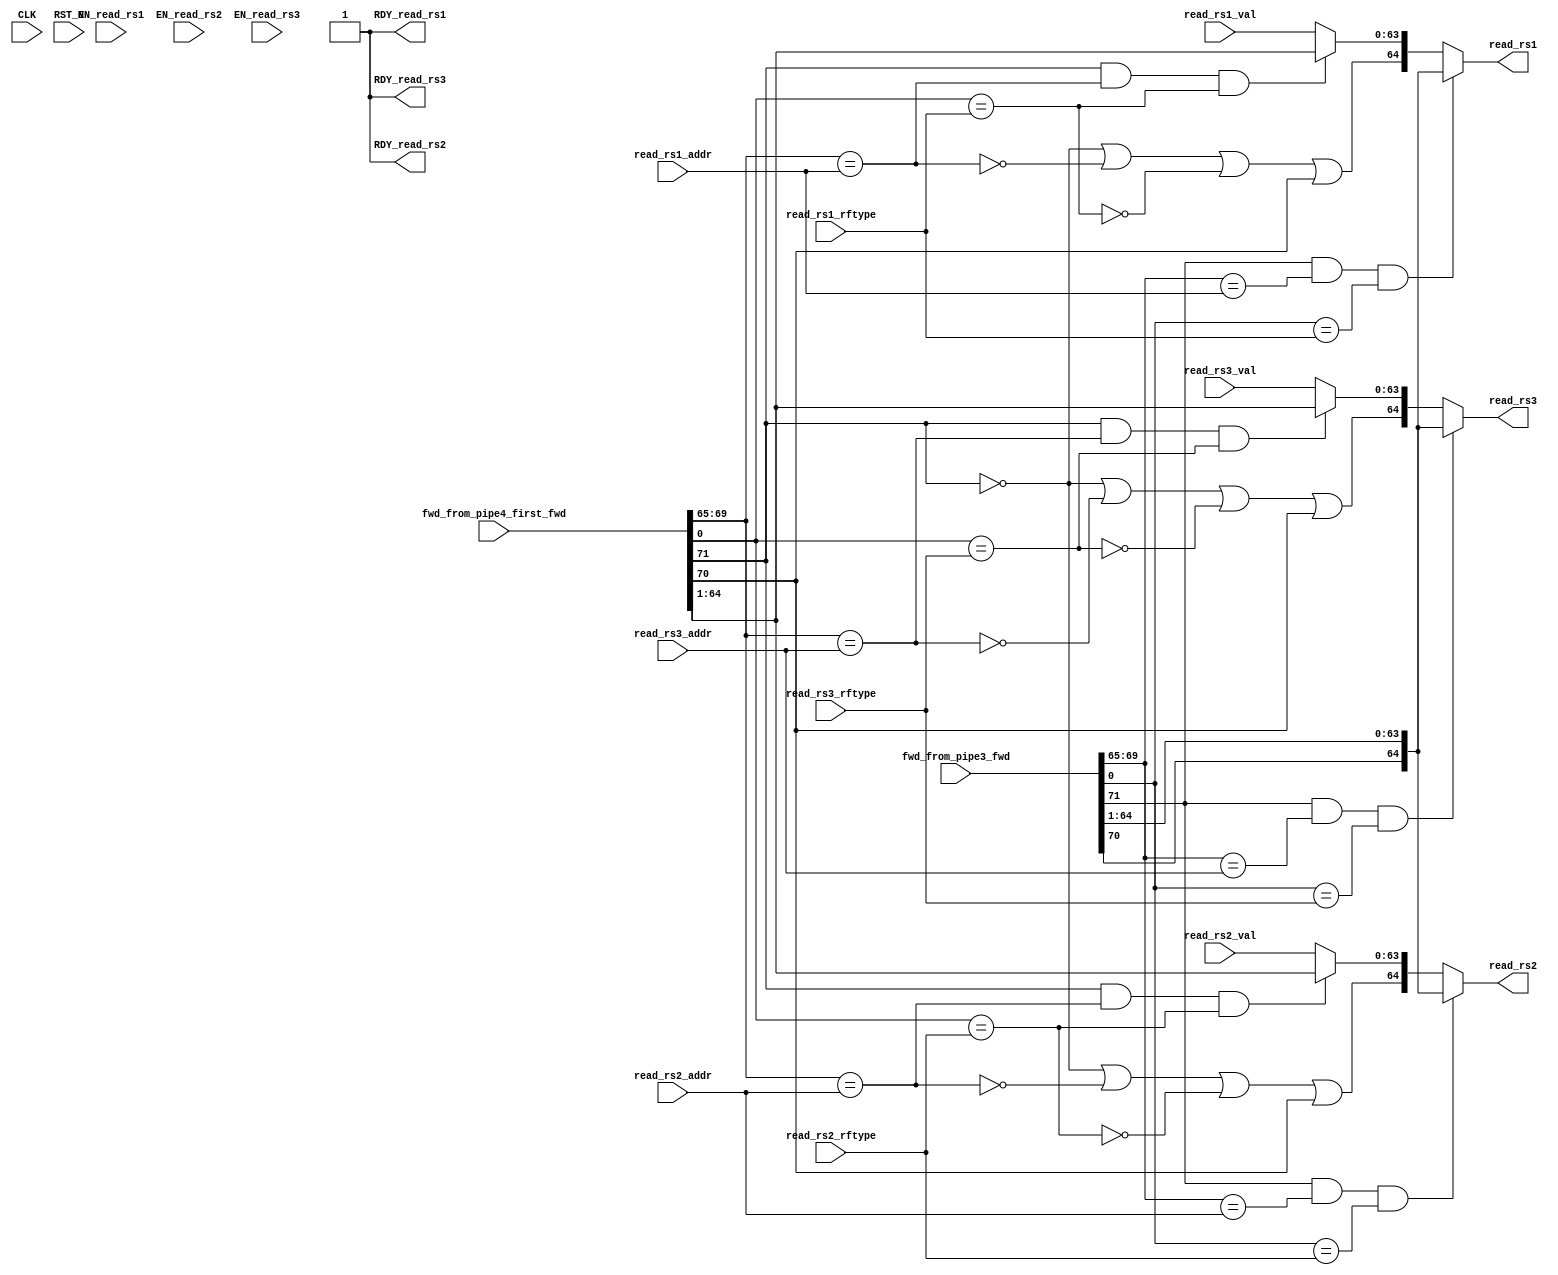
//
// Generated by Bluespec Compiler, version 2021.07-1-gaf77efcd (build af77efcd)
//
// On Mon Dec  6 11:47:47 IST 2021
//
//
// Ports:
// Name                         I/O  size props
// read_rs1                       O    65
// RDY_read_rs1                   O     1 const
// read_rs2                       O    65
// RDY_read_rs2                   O     1 const
// read_rs3                       O    65
// RDY_read_rs3                   O     1 const
// CLK                            I     1 unused
// RST_N                          I     1 unused
// fwd_from_pipe3_fwd             I    72
// fwd_from_pipe4_first_fwd       I    72
// read_rs1_val                   I    64
// read_rs1_addr                  I     5
// read_rs1_rftype                I     1
// read_rs2_val                   I    64
// read_rs2_addr                  I     5
// read_rs2_rftype                I     1
// read_rs3_val                   I    64
// read_rs3_addr                  I     5
// read_rs3_rftype                I     1
// EN_read_rs1                    I     1 unused
// EN_read_rs2                    I     1 unused
// EN_read_rs3                    I     1 unused
//
// Combinational paths from inputs to outputs:
//   (fwd_from_pipe3_fwd,
//    fwd_from_pipe4_first_fwd,
//    read_rs1_val,
//    read_rs1_addr,
//    read_rs1_rftype) -> read_rs1
//   (fwd_from_pipe3_fwd,
//    fwd_from_pipe4_first_fwd,
//    read_rs2_val,
//    read_rs2_addr,
//    read_rs2_rftype) -> read_rs2
//   (fwd_from_pipe3_fwd,
//    fwd_from_pipe4_first_fwd,
//    read_rs3_val,
//    read_rs3_addr,
//    read_rs3_rftype) -> read_rs3
//
//

`ifdef BSV_ASSIGNMENT_DELAY
`else
  `define BSV_ASSIGNMENT_DELAY
`endif

`ifdef BSV_POSITIVE_RESET
  `define BSV_RESET_VALUE 1'b1
  `define BSV_RESET_EDGE posedge
`else
  `define BSV_RESET_VALUE 1'b0
  `define BSV_RESET_EDGE negedge
`endif

module mkfwding(CLK,
		RST_N,

		fwd_from_pipe3_fwd,

		fwd_from_pipe4_first_fwd,

		read_rs1_val,
		read_rs1_addr,
		read_rs1_rftype,
		EN_read_rs1,
		read_rs1,
		RDY_read_rs1,

		read_rs2_val,
		read_rs2_addr,
		read_rs2_rftype,
		EN_read_rs2,
		read_rs2,
		RDY_read_rs2,

		read_rs3_val,
		read_rs3_addr,
		read_rs3_rftype,
		EN_read_rs3,
		read_rs3,
		RDY_read_rs3);
  parameter [63 : 0] hartid = 64'b0;
  input  CLK;
  input  RST_N;

  // action method fwd_from_pipe3
  input  [71 : 0] fwd_from_pipe3_fwd;

  // action method fwd_from_pipe4_first
  input  [71 : 0] fwd_from_pipe4_first_fwd;

  // actionvalue method read_rs1
  input  [63 : 0] read_rs1_val;
  input  [4 : 0] read_rs1_addr;
  input  read_rs1_rftype;
  input  EN_read_rs1;
  output [64 : 0] read_rs1;
  output RDY_read_rs1;

  // actionvalue method read_rs2
  input  [63 : 0] read_rs2_val;
  input  [4 : 0] read_rs2_addr;
  input  read_rs2_rftype;
  input  EN_read_rs2;
  output [64 : 0] read_rs2;
  output RDY_read_rs2;

  // actionvalue method read_rs3
  input  [63 : 0] read_rs3_val;
  input  [4 : 0] read_rs3_addr;
  input  read_rs3_rftype;
  input  EN_read_rs3;
  output [64 : 0] read_rs3;
  output RDY_read_rs3;

  // signals for module outputs
  wire [64 : 0] read_rs1, read_rs2, read_rs3;
  wire RDY_read_rs1, RDY_read_rs2, RDY_read_rs3;

  // rule scheduling signals
  wire CAN_FIRE_fwd_from_pipe3,
       CAN_FIRE_fwd_from_pipe4_first,
       CAN_FIRE_read_rs1,
       CAN_FIRE_read_rs2,
       CAN_FIRE_read_rs3,
       WILL_FIRE_fwd_from_pipe3,
       WILL_FIRE_fwd_from_pipe4_first,
       WILL_FIRE_read_rs1,
       WILL_FIRE_read_rs2,
       WILL_FIRE_read_rs3;

  // declarations used by system tasks
  // synopsys translate_off
  reg TASK_testplusargs___d1;
  reg TASK_testplusargs___d2;
  reg TASK_testplusargs___d3;
  reg [63 : 0] v__h255;
  reg TASK_testplusargs___d21;
  reg TASK_testplusargs___d22;
  reg TASK_testplusargs___d23;
  reg [63 : 0] v__h479;
  reg TASK_testplusargs_OR_TASK_testplusargs_AND_TAS_ETC___d10;
  reg TASK_testplusargs_OR_TASK_testplusargs_AND_TAS_ETC___d12;
  reg TASK_testplusargs_OR_TASK_testplusargs_AND_TAS_ETC___d8;
  reg TASK_testplusargs_OR_TASK_testplusargs_AND_TAS_ETC___d14;
  reg TASK_testplusargs_OR_TASK_testplusargs_AND_TAS_ETC___d18;
  reg TASK_testplusargs_OR_TASK_testplusargs_AND_TAS_ETC___d20;
  reg TASK_testplusargs_1_OR_TASK_testplusargs_2_AND_ETC___d28;
  reg TASK_testplusargs_1_OR_TASK_testplusargs_2_AND_ETC___d30;
  reg TASK_testplusargs_1_OR_TASK_testplusargs_2_AND_ETC___d32;
  reg TASK_testplusargs_1_OR_TASK_testplusargs_2_AND_ETC___d34;
  reg TASK_testplusargs_1_OR_TASK_testplusargs_2_AND_ETC___d38;
  reg TASK_testplusargs_1_OR_TASK_testplusargs_2_AND_ETC___d40;
  // synopsys translate_on

  // remaining internal signals
  wire [63 : 0] IF_wr_from_pipe4_first_wget__2_BIT_71_3_AND_wr_ETC___d101,
		IF_wr_from_pipe4_first_wget__2_BIT_71_3_AND_wr_ETC___d68,
		IF_wr_from_pipe4_first_wget__2_BIT_71_3_AND_wr_ETC___d86;
  wire wr_from_pipe4_first_wget__2_BITS_69_TO_65_5_EQ_ETC___d56,
       wr_from_pipe4_first_wget__2_BITS_69_TO_65_5_EQ_ETC___d77,
       wr_from_pipe4_first_wget__2_BITS_69_TO_65_5_EQ_ETC___d92,
       wr_from_pipe4_first_wget__2_BIT_0_9_EQ_read_rs_ETC___d60,
       wr_from_pipe4_first_wget__2_BIT_0_9_EQ_read_rs_ETC___d80,
       wr_from_pipe4_first_wget__2_BIT_0_9_EQ_read_rs_ETC___d95;

  // action method fwd_from_pipe3
  assign CAN_FIRE_fwd_from_pipe3 = 1'd1 ;
  assign WILL_FIRE_fwd_from_pipe3 = 1'd1 ;

  // action method fwd_from_pipe4_first
  assign CAN_FIRE_fwd_from_pipe4_first = 1'd1 ;
  assign WILL_FIRE_fwd_from_pipe4_first = 1'd1 ;

  // actionvalue method read_rs1
  assign read_rs1 =
	     (fwd_from_pipe3_fwd[71] &&
	      fwd_from_pipe3_fwd[69:65] == read_rs1_addr &&
	      fwd_from_pipe3_fwd[0] == read_rs1_rftype) ?
	       { fwd_from_pipe3_fwd[70], fwd_from_pipe3_fwd[64:1] } :
	       { !fwd_from_pipe4_first_fwd[71] ||
		 !wr_from_pipe4_first_wget__2_BITS_69_TO_65_5_EQ_ETC___d56 ||
		 !wr_from_pipe4_first_wget__2_BIT_0_9_EQ_read_rs_ETC___d60 ||
		 fwd_from_pipe4_first_fwd[70],
		 IF_wr_from_pipe4_first_wget__2_BIT_71_3_AND_wr_ETC___d68 } ;
  assign RDY_read_rs1 = 1'b1 ;
  assign CAN_FIRE_read_rs1 = 1'b1 ;
  assign WILL_FIRE_read_rs1 = EN_read_rs1 ;

  // actionvalue method read_rs2
  assign read_rs2 =
	     (fwd_from_pipe3_fwd[71] &&
	      fwd_from_pipe3_fwd[69:65] == read_rs2_addr &&
	      fwd_from_pipe3_fwd[0] == read_rs2_rftype) ?
	       { fwd_from_pipe3_fwd[70], fwd_from_pipe3_fwd[64:1] } :
	       { !fwd_from_pipe4_first_fwd[71] ||
		 !wr_from_pipe4_first_wget__2_BITS_69_TO_65_5_EQ_ETC___d77 ||
		 !wr_from_pipe4_first_wget__2_BIT_0_9_EQ_read_rs_ETC___d80 ||
		 fwd_from_pipe4_first_fwd[70],
		 IF_wr_from_pipe4_first_wget__2_BIT_71_3_AND_wr_ETC___d86 } ;
  assign RDY_read_rs2 = 1'b1 ;
  assign CAN_FIRE_read_rs2 = 1'b1 ;
  assign WILL_FIRE_read_rs2 = EN_read_rs2 ;

  // actionvalue method read_rs3
  assign read_rs3 =
	     (fwd_from_pipe3_fwd[71] &&
	      fwd_from_pipe3_fwd[69:65] == read_rs3_addr &&
	      fwd_from_pipe3_fwd[0] == read_rs3_rftype) ?
	       { fwd_from_pipe3_fwd[70], fwd_from_pipe3_fwd[64:1] } :
	       { !fwd_from_pipe4_first_fwd[71] ||
		 !wr_from_pipe4_first_wget__2_BITS_69_TO_65_5_EQ_ETC___d92 ||
		 !wr_from_pipe4_first_wget__2_BIT_0_9_EQ_read_rs_ETC___d95 ||
		 fwd_from_pipe4_first_fwd[70],
		 IF_wr_from_pipe4_first_wget__2_BIT_71_3_AND_wr_ETC___d101 } ;
  assign RDY_read_rs3 = 1'b1 ;
  assign CAN_FIRE_read_rs3 = 1'b1 ;
  assign WILL_FIRE_read_rs3 = EN_read_rs3 ;

  // remaining internal signals
  assign IF_wr_from_pipe4_first_wget__2_BIT_71_3_AND_wr_ETC___d101 =
	     (fwd_from_pipe4_first_fwd[71] &&
	      wr_from_pipe4_first_wget__2_BITS_69_TO_65_5_EQ_ETC___d92 &&
	      wr_from_pipe4_first_wget__2_BIT_0_9_EQ_read_rs_ETC___d95) ?
	       fwd_from_pipe4_first_fwd[64:1] :
	       read_rs3_val ;
  assign IF_wr_from_pipe4_first_wget__2_BIT_71_3_AND_wr_ETC___d68 =
	     (fwd_from_pipe4_first_fwd[71] &&
	      wr_from_pipe4_first_wget__2_BITS_69_TO_65_5_EQ_ETC___d56 &&
	      wr_from_pipe4_first_wget__2_BIT_0_9_EQ_read_rs_ETC___d60) ?
	       fwd_from_pipe4_first_fwd[64:1] :
	       read_rs1_val ;
  assign IF_wr_from_pipe4_first_wget__2_BIT_71_3_AND_wr_ETC___d86 =
	     (fwd_from_pipe4_first_fwd[71] &&
	      wr_from_pipe4_first_wget__2_BITS_69_TO_65_5_EQ_ETC___d77 &&
	      wr_from_pipe4_first_wget__2_BIT_0_9_EQ_read_rs_ETC___d80) ?
	       fwd_from_pipe4_first_fwd[64:1] :
	       read_rs2_val ;
  assign wr_from_pipe4_first_wget__2_BITS_69_TO_65_5_EQ_ETC___d56 =
	     fwd_from_pipe4_first_fwd[69:65] == read_rs1_addr ;
  assign wr_from_pipe4_first_wget__2_BITS_69_TO_65_5_EQ_ETC___d77 =
	     fwd_from_pipe4_first_fwd[69:65] == read_rs2_addr ;
  assign wr_from_pipe4_first_wget__2_BITS_69_TO_65_5_EQ_ETC___d92 =
	     fwd_from_pipe4_first_fwd[69:65] == read_rs3_addr ;
  assign wr_from_pipe4_first_wget__2_BIT_0_9_EQ_read_rs_ETC___d60 =
	     fwd_from_pipe4_first_fwd[0] == read_rs1_rftype ;
  assign wr_from_pipe4_first_wget__2_BIT_0_9_EQ_read_rs_ETC___d80 =
	     fwd_from_pipe4_first_fwd[0] == read_rs2_rftype ;
  assign wr_from_pipe4_first_wget__2_BIT_0_9_EQ_read_rs_ETC___d95 =
	     fwd_from_pipe4_first_fwd[0] == read_rs3_rftype ;

  // handling of system tasks

  // synopsys translate_off
  always@(negedge CLK)
  begin
    #0;
    if (RST_N != `BSV_RESET_VALUE)
      begin
        TASK_testplusargs___d1 = $test$plusargs("fullverbose");
	#0;
      end
    if (RST_N != `BSV_RESET_VALUE)
      begin
        TASK_testplusargs___d2 = $test$plusargs("mfwding");
	#0;
      end
    if (RST_N != `BSV_RESET_VALUE)
      begin
        TASK_testplusargs___d3 = $test$plusargs("l2");
	#0;
      end
    TASK_testplusargs_OR_TASK_testplusargs_AND_TAS_ETC___d10 =
	(TASK_testplusargs___d1 ||
	 TASK_testplusargs___d2 && TASK_testplusargs___d3) &&
	!fwd_from_pipe3_fwd[71];
    TASK_testplusargs_OR_TASK_testplusargs_AND_TAS_ETC___d12 =
	(TASK_testplusargs___d1 ||
	 TASK_testplusargs___d2 && TASK_testplusargs___d3) &&
	fwd_from_pipe3_fwd[70];
    TASK_testplusargs_OR_TASK_testplusargs_AND_TAS_ETC___d8 =
	(TASK_testplusargs___d1 ||
	 TASK_testplusargs___d2 && TASK_testplusargs___d3) &&
	fwd_from_pipe3_fwd[71];
    TASK_testplusargs_OR_TASK_testplusargs_AND_TAS_ETC___d14 =
	(TASK_testplusargs___d1 ||
	 TASK_testplusargs___d2 && TASK_testplusargs___d3) &&
	!fwd_from_pipe3_fwd[70];
    TASK_testplusargs_OR_TASK_testplusargs_AND_TAS_ETC___d18 =
	(TASK_testplusargs___d1 ||
	 TASK_testplusargs___d2 && TASK_testplusargs___d3) &&
	fwd_from_pipe3_fwd[0];
    TASK_testplusargs_OR_TASK_testplusargs_AND_TAS_ETC___d20 =
	(TASK_testplusargs___d1 ||
	 TASK_testplusargs___d2 && TASK_testplusargs___d3) &&
	!fwd_from_pipe3_fwd[0];
    if (RST_N != `BSV_RESET_VALUE)
      begin
        v__h255 = $time;
	#0;
      end
    if (RST_N != `BSV_RESET_VALUE)
      if (TASK_testplusargs___d1 ||
	  TASK_testplusargs___d2 && TASK_testplusargs___d3)
	$write("[%10d", v__h255, "] ");
    if (RST_N != `BSV_RESET_VALUE)
      if (TASK_testplusargs___d1 ||
	  TASK_testplusargs___d2 && TASK_testplusargs___d3)
	$write("core:%2d ", hartid, "FWDING: from PIPE3: ");
    if (RST_N != `BSV_RESET_VALUE)
      if (TASK_testplusargs___d1 ||
	  TASK_testplusargs___d2 && TASK_testplusargs___d3)
	$write("FwdType { ", "valid: ");
    if (RST_N != `BSV_RESET_VALUE)
      if (TASK_testplusargs_OR_TASK_testplusargs_AND_TAS_ETC___d8)
	$write("True");
    if (RST_N != `BSV_RESET_VALUE)
      if (TASK_testplusargs_OR_TASK_testplusargs_AND_TAS_ETC___d10)
	$write("False");
    if (RST_N != `BSV_RESET_VALUE)
      if (TASK_testplusargs___d1 ||
	  TASK_testplusargs___d2 && TASK_testplusargs___d3)
	$write(", ", "available: ");
    if (RST_N != `BSV_RESET_VALUE)
      if (TASK_testplusargs_OR_TASK_testplusargs_AND_TAS_ETC___d12)
	$write("True");
    if (RST_N != `BSV_RESET_VALUE)
      if (TASK_testplusargs_OR_TASK_testplusargs_AND_TAS_ETC___d14)
	$write("False");
    if (RST_N != `BSV_RESET_VALUE)
      if (TASK_testplusargs___d1 ||
	  TASK_testplusargs___d2 && TASK_testplusargs___d3)
	$write(", ", "addr: ");
    if (RST_N != `BSV_RESET_VALUE)
      if (TASK_testplusargs___d1 ||
	  TASK_testplusargs___d2 && TASK_testplusargs___d3)
	$write("'h%h", fwd_from_pipe3_fwd[69:65]);
    if (RST_N != `BSV_RESET_VALUE)
      if (TASK_testplusargs___d1 ||
	  TASK_testplusargs___d2 && TASK_testplusargs___d3)
	$write(", ", "data: ");
    if (RST_N != `BSV_RESET_VALUE)
      if (TASK_testplusargs___d1 ||
	  TASK_testplusargs___d2 && TASK_testplusargs___d3)
	$write("'h%h", fwd_from_pipe3_fwd[64:1]);
    if (RST_N != `BSV_RESET_VALUE)
      if (TASK_testplusargs___d1 ||
	  TASK_testplusargs___d2 && TASK_testplusargs___d3)
	$write(", ", "rftype: ");
    if (RST_N != `BSV_RESET_VALUE)
      if (TASK_testplusargs_OR_TASK_testplusargs_AND_TAS_ETC___d18)
	$write("FRF");
    if (RST_N != `BSV_RESET_VALUE)
      if (TASK_testplusargs_OR_TASK_testplusargs_AND_TAS_ETC___d20)
	$write("IRF");
    if (RST_N != `BSV_RESET_VALUE)
      if (TASK_testplusargs___d1 ||
	  TASK_testplusargs___d2 && TASK_testplusargs___d3)
	$write(" }");
    if (RST_N != `BSV_RESET_VALUE)
      if (TASK_testplusargs___d1 ||
	  TASK_testplusargs___d2 && TASK_testplusargs___d3)
	$write("\n");
    if (RST_N != `BSV_RESET_VALUE)
      begin
        TASK_testplusargs___d21 = $test$plusargs("fullverbose");
	#0;
      end
    if (RST_N != `BSV_RESET_VALUE)
      begin
        TASK_testplusargs___d22 = $test$plusargs("mfwding");
	#0;
      end
    if (RST_N != `BSV_RESET_VALUE)
      begin
        TASK_testplusargs___d23 = $test$plusargs("l2");
	#0;
      end
    TASK_testplusargs_1_OR_TASK_testplusargs_2_AND_ETC___d28 =
	(TASK_testplusargs___d21 ||
	 TASK_testplusargs___d22 && TASK_testplusargs___d23) &&
	fwd_from_pipe4_first_fwd[71];
    TASK_testplusargs_1_OR_TASK_testplusargs_2_AND_ETC___d30 =
	(TASK_testplusargs___d21 ||
	 TASK_testplusargs___d22 && TASK_testplusargs___d23) &&
	!fwd_from_pipe4_first_fwd[71];
    TASK_testplusargs_1_OR_TASK_testplusargs_2_AND_ETC___d32 =
	(TASK_testplusargs___d21 ||
	 TASK_testplusargs___d22 && TASK_testplusargs___d23) &&
	fwd_from_pipe4_first_fwd[70];
    TASK_testplusargs_1_OR_TASK_testplusargs_2_AND_ETC___d34 =
	(TASK_testplusargs___d21 ||
	 TASK_testplusargs___d22 && TASK_testplusargs___d23) &&
	!fwd_from_pipe4_first_fwd[70];
    TASK_testplusargs_1_OR_TASK_testplusargs_2_AND_ETC___d38 =
	(TASK_testplusargs___d21 ||
	 TASK_testplusargs___d22 && TASK_testplusargs___d23) &&
	fwd_from_pipe4_first_fwd[0];
    TASK_testplusargs_1_OR_TASK_testplusargs_2_AND_ETC___d40 =
	(TASK_testplusargs___d21 ||
	 TASK_testplusargs___d22 && TASK_testplusargs___d23) &&
	!fwd_from_pipe4_first_fwd[0];
    if (RST_N != `BSV_RESET_VALUE)
      begin
        v__h479 = $time;
	#0;
      end
    if (RST_N != `BSV_RESET_VALUE)
      if (TASK_testplusargs___d21 ||
	  TASK_testplusargs___d22 && TASK_testplusargs___d23)
	$write("[%10d", v__h479, "] ");
    if (RST_N != `BSV_RESET_VALUE)
      if (TASK_testplusargs___d21 ||
	  TASK_testplusargs___d22 && TASK_testplusargs___d23)
	$write("core:%2d ", hartid, "FWDING: from PIPE4-first: ");
    if (RST_N != `BSV_RESET_VALUE)
      if (TASK_testplusargs___d21 ||
	  TASK_testplusargs___d22 && TASK_testplusargs___d23)
	$write("FwdType { ", "valid: ");
    if (RST_N != `BSV_RESET_VALUE)
      if (TASK_testplusargs_1_OR_TASK_testplusargs_2_AND_ETC___d28)
	$write("True");
    if (RST_N != `BSV_RESET_VALUE)
      if (TASK_testplusargs_1_OR_TASK_testplusargs_2_AND_ETC___d30)
	$write("False");
    if (RST_N != `BSV_RESET_VALUE)
      if (TASK_testplusargs___d21 ||
	  TASK_testplusargs___d22 && TASK_testplusargs___d23)
	$write(", ", "available: ");
    if (RST_N != `BSV_RESET_VALUE)
      if (TASK_testplusargs_1_OR_TASK_testplusargs_2_AND_ETC___d32)
	$write("True");
    if (RST_N != `BSV_RESET_VALUE)
      if (TASK_testplusargs_1_OR_TASK_testplusargs_2_AND_ETC___d34)
	$write("False");
    if (RST_N != `BSV_RESET_VALUE)
      if (TASK_testplusargs___d21 ||
	  TASK_testplusargs___d22 && TASK_testplusargs___d23)
	$write(", ", "addr: ");
    if (RST_N != `BSV_RESET_VALUE)
      if (TASK_testplusargs___d21 ||
	  TASK_testplusargs___d22 && TASK_testplusargs___d23)
	$write("'h%h", fwd_from_pipe4_first_fwd[69:65]);
    if (RST_N != `BSV_RESET_VALUE)
      if (TASK_testplusargs___d21 ||
	  TASK_testplusargs___d22 && TASK_testplusargs___d23)
	$write(", ", "data: ");
    if (RST_N != `BSV_RESET_VALUE)
      if (TASK_testplusargs___d21 ||
	  TASK_testplusargs___d22 && TASK_testplusargs___d23)
	$write("'h%h", fwd_from_pipe4_first_fwd[64:1]);
    if (RST_N != `BSV_RESET_VALUE)
      if (TASK_testplusargs___d21 ||
	  TASK_testplusargs___d22 && TASK_testplusargs___d23)
	$write(", ", "rftype: ");
    if (RST_N != `BSV_RESET_VALUE)
      if (TASK_testplusargs_1_OR_TASK_testplusargs_2_AND_ETC___d38)
	$write("FRF");
    if (RST_N != `BSV_RESET_VALUE)
      if (TASK_testplusargs_1_OR_TASK_testplusargs_2_AND_ETC___d40)
	$write("IRF");
    if (RST_N != `BSV_RESET_VALUE)
      if (TASK_testplusargs___d21 ||
	  TASK_testplusargs___d22 && TASK_testplusargs___d23)
	$write(" }");
    if (RST_N != `BSV_RESET_VALUE)
      if (TASK_testplusargs___d21 ||
	  TASK_testplusargs___d22 && TASK_testplusargs___d23)
	$write("\n");
  end
  // synopsys translate_on
endmodule  // mkfwding